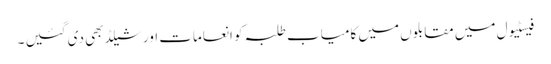
فیسٹیول میں مقابلوں میں کامیاب طلبہ کو انعامات اور شیلڈ بھی دی گئیں ۔